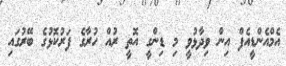
އެމްއެންޑީއެފް އިން ވިދާޅުވީ މި ޑިންގީ އޮތީ ރުއް ހުރާގެ ފަރުކޮޅުގެ ބޭރުގައި